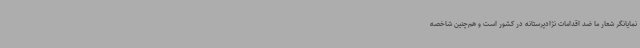
نمایانگر شعار ما ضد اقدامات نژادپرستانه در کشور است و هم‌چنین شاخصه